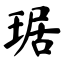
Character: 琚